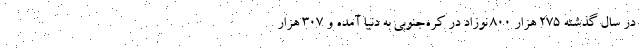
در سال گذشته 275 هزار 800 نوزاد در کره‌جنوبی به دنیا آمده و 307 هزار